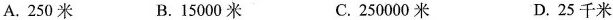
A.250米 B.15000米 C.250000米 D.25千米